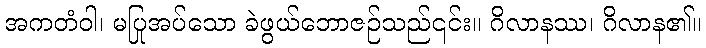
အကတံဝါ၊ မပြုအပ်သော ခဲဖွယ်ဘောဇဉ်သည်၎င်း။ ဂိလာနဿ၊ ဂိလာန၏။